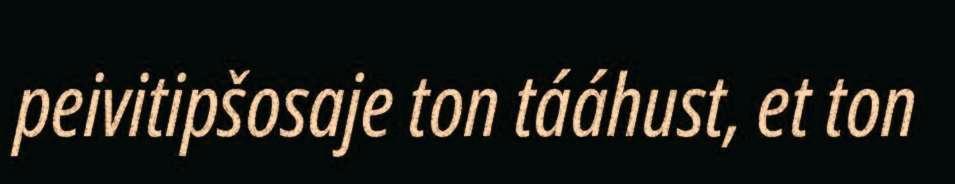
peivitipšosaje ton tááhust, et ton